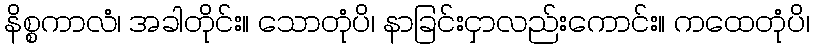
နိစ္စကာလံ၊ အခါတိုင်း။ သောတုံပိ၊ နာခြင်းငှာလည်းကောင်း။ ကထေတုံပိ၊